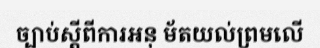
ច្បាប់ស្តីពីការអនុ ម័តយល់ព្រមលើ